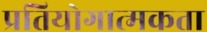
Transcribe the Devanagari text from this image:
प्रतियोगात्मकता